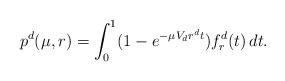
LaTeX: \begin{align*}p^d(\mu,r)=\int_0^1(1-e^{-\mu V_d r^dt})f^d_r(t)\,dt.\end{align*}